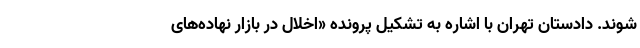
شوند. دادستان تهران با اشاره به تشکیل پرونده «اخلال در بازار نهاده‌های